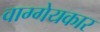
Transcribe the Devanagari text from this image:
वाग्गेयकार